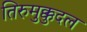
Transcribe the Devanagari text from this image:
तिरुमुक्कुदल